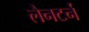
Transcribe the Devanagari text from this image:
लैनटर्न